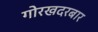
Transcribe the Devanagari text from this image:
गोरखदरबार